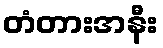
တံတားအနီး